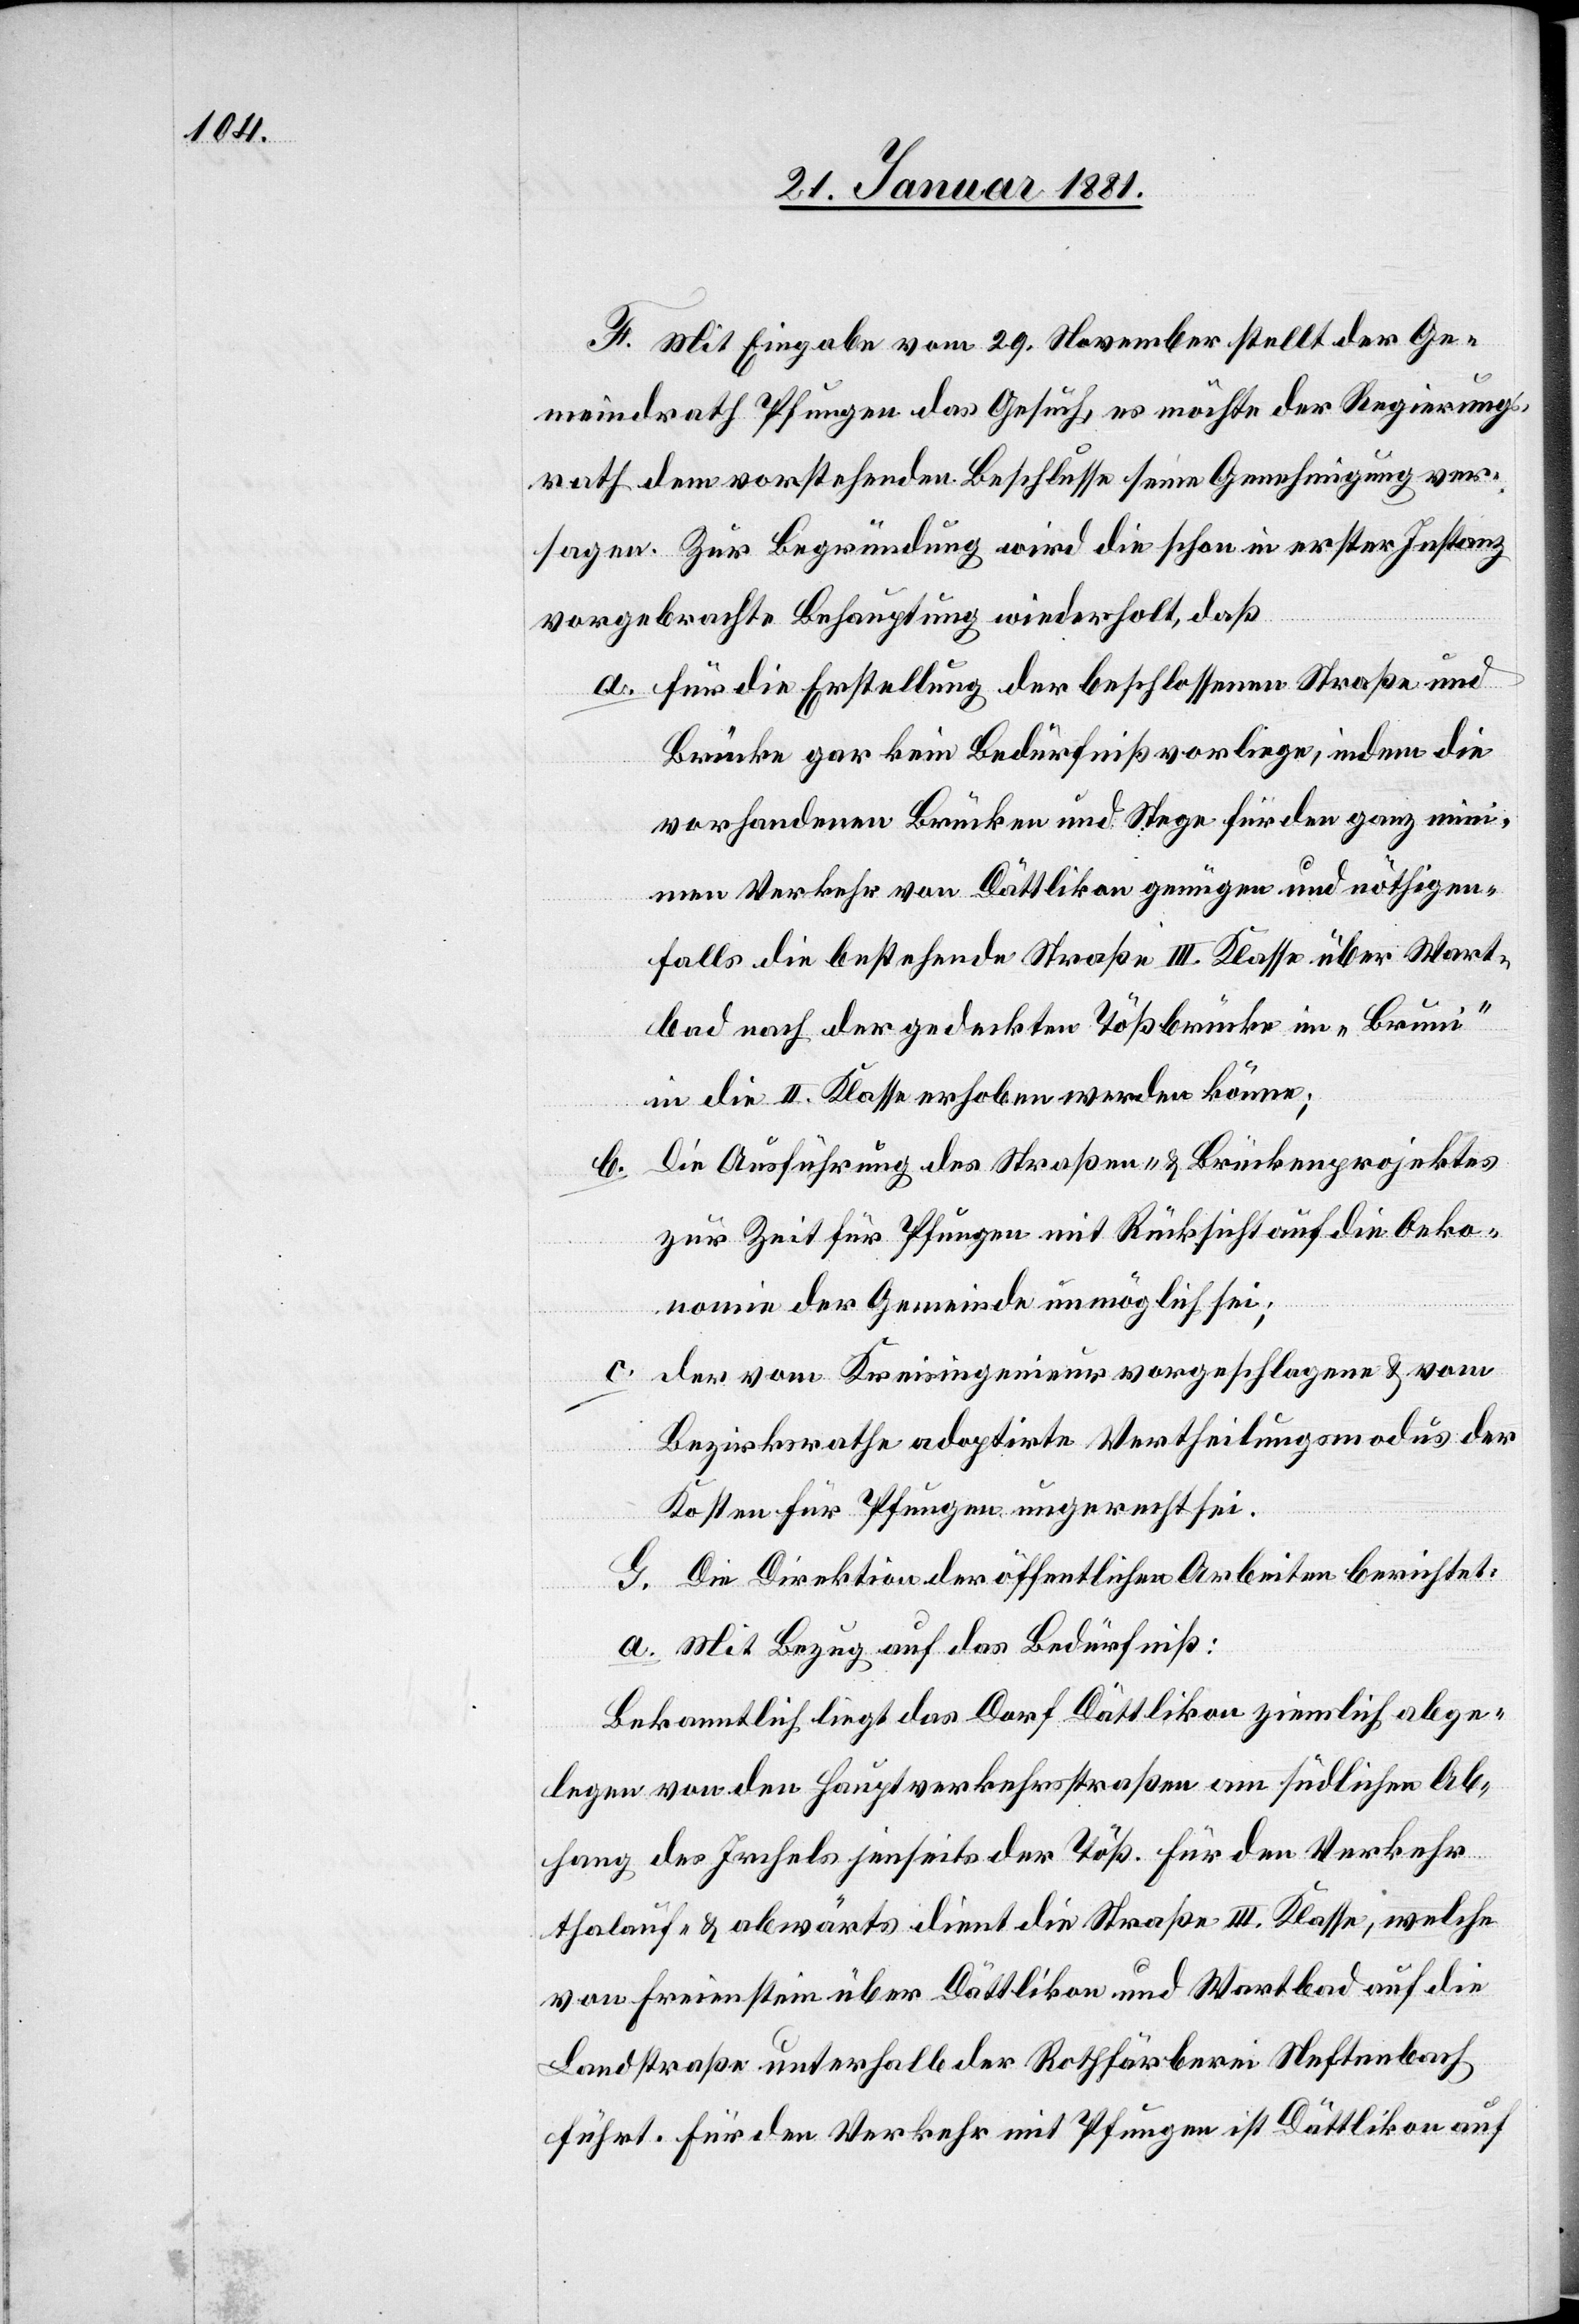
F. Mit Eingabe vom 29. November stellt der Ge¬
meindrath Pfungen das Gesuch, es möchte der Regierungs¬
rath dem vorstehenden Beschlusse seine Genehmigung ver¬
sagen. Zur Begründung wird die schon in erster Instanz
vorgebrachte Behauptung wiederholt, daß
a. für die Erstellung der beschlossenen Straße und
Brücke gar kein Bedürfniß vorliege, indem die
vorhandenen Brücken und Stege für den ganz min¬
imen Verkehr von Dättlikon genügen und nöthigen¬
falls die bestehende Straße III. Klasse über Wart¬
bad nach der gedeckten Tößbrücke im „Bruni“
in die II. Klasse erhoben werden könne;
b. Die Ausführung des Straßen- & Brückenprojektes
zur Zeit für Pfungen mit Rücksicht auf die Oeko¬
nomie der Gemeinde unmöglich sei;
c. der von Kreisingenieur vorgeschlagene & vom
Bezirksrathe adoptirte Vertheilungsmodus der
Kosten für Pfungen ungerecht sei.
G. Die Direktion der öffentlichen Arbeiten berichtet:
a. Mit Bezug auf das Bedürfniß:
Bekanntlich liegt das Dorf Dättlikon ziemlich abge¬
legen von den Hauptverkehrsstraßen am südlichen Ab¬
hang des Irchels jenseits der Töß. Für den Verkehr
thalauf- & abwärts dient die Straße III. Klasse, welche
von Freienstein über Dättlikon und Wartbad auf die
Landstraße unterhalb der Rothfärberei Neftenbach
führt. Für den Verkehr mit Pfungen ist Dättlikon auf